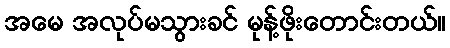
အမေ အလုပ်မသွားခင် မုန့်ဖိုးတောင်းတယ်။